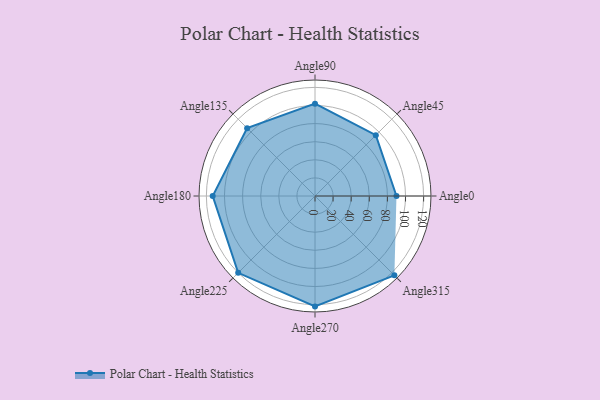
{"axis": {"x": "Angle", "y": "Radius"}, "legend": [""], "data": [{"x": "Angle0", "y": 90.0, "type": ""}, {"x": "Angle45", "y": 95.0, "type": ""}, {"x": "Angle90", "y": 102.0, "type": ""}, {"x": "Angle135", "y": 106.0, "type": ""}, {"x": "Angle180", "y": 113.0, "type": ""}, {"x": "Angle225", "y": 120.0, "type": ""}, {"x": "Angle270", "y": 122.0, "type": ""}, {"x": "Angle315", "y": 124.0, "type": ""}]}